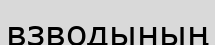
взводының